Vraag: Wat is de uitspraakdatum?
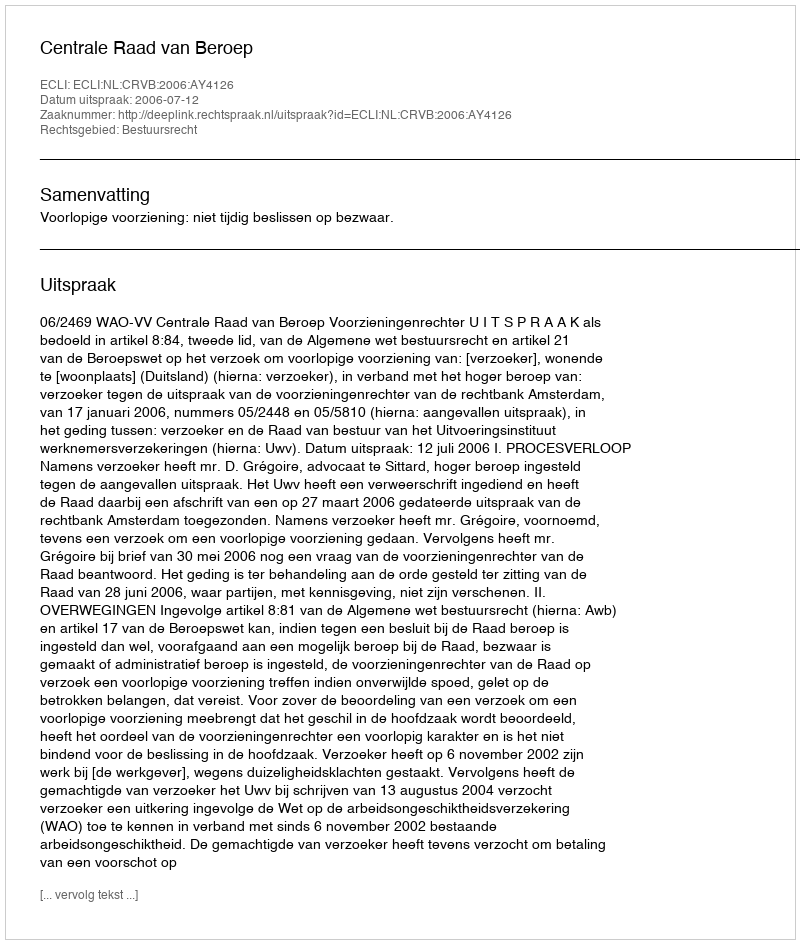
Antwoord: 2006-07-12